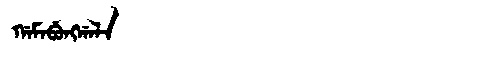
Manchu: ᡤᠠᠮᠠᠪᡠᠩᡤᠠᠯᠠ
Romanization: GAMABUNGGALA